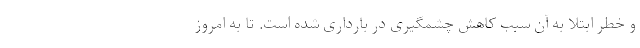
و خطر ابتلا به آن سبب کاهش چشمگیری در بارداری شده است. تا به امروز